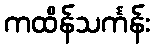
ကထိန်သင်္ကန်း